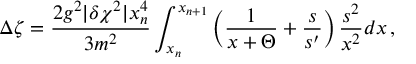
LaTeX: \Delta \zeta = { \frac { 2 g ^ { 2 } | \delta \chi ^ { 2 } | x _ { n } ^ { 4 } } { 3 m ^ { 2 } } } \int _ { x _ { n } } ^ { x _ { n + 1 } } \left( { \frac { 1 } { x + \Theta } } + { \frac { s } { s ^ { \prime } } } \right) { \frac { s ^ { 2 } } { x ^ { 2 } } } d x \, ,